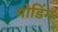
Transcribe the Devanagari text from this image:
मोडिंग